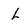
Character: L